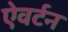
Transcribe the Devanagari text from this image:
ऐवर्टन